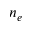
n _ { e }